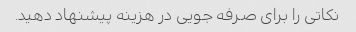
نکاتی را برای صرفه جویی در هزینه پیشنهاد دهید.